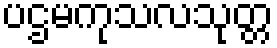
ပဌမကုသလသုတ္တ